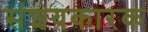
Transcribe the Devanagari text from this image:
संशयकारक